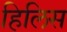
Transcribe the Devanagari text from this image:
हिलिस